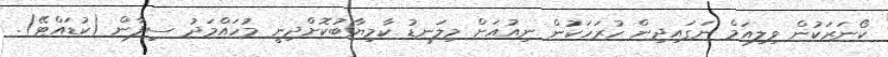
ކޯނަރަކުން ވިލިއަމް ނަގައިދިން ހުރަހަކުން ނިއުއަށް މިލަނޑު ކާމިޔާބުކޮށްދިނީ މުހައްމަދު ސިފާން (ކުޑައްޓޭ).